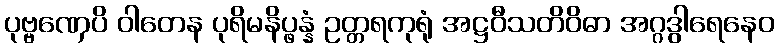
ပုဗ္ဗဏှေပိ ဝါတေန ပုရိမနိပ္ဖန္နံ ဥတ္တရကုရုံ အဋ္ဌဝီသတိဝိဓာ အဂ္ဂဒွါရေနေဝ